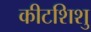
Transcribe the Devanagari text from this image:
कीटशिशु